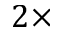
2 \times